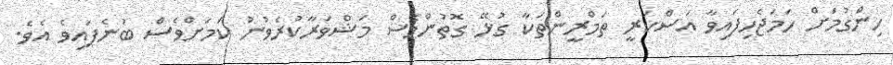
ހިންގުމަށް ހަމަޖެހިފައިވާ އަސްކަރީ ތަމްރީންތަކާ ގުޅޭ ގޮތުންވެސް މަޝްވަރާކުރެވުނު ކަމަށްވެސް ބުނެފައިވެ އެވެ.